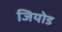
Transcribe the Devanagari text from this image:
जियोड